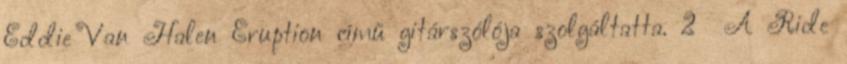
Eddie Van Halen Eruption című gitárszólója szolgáltatta. 2 A Ride